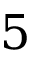
5